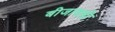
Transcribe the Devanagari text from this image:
बीजावली